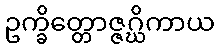
ဥက္ခိတ္တောဇ္ဇဂ္ဃိကာယ